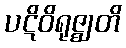
ပဋိဝိရုဇ္ဈတိ